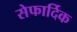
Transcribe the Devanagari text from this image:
सेफार्दिक